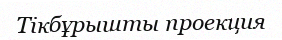
Тікбұрышты проекция